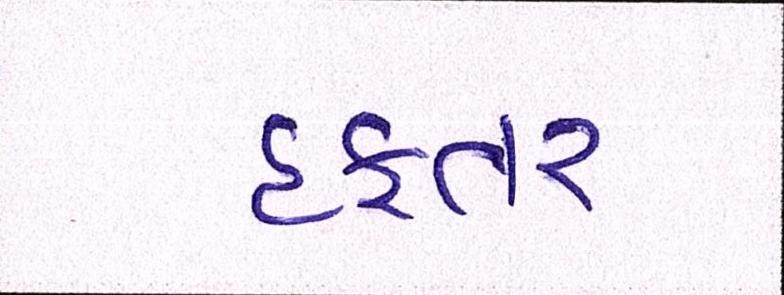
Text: દફતર